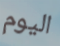
اليوم